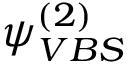
\psi _ { V B S } ^ { ( 2 ) }